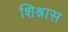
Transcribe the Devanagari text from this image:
शिश्नास